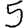
Digit: 5